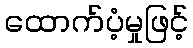
ထောက်ပံ့မှုဖြင့်